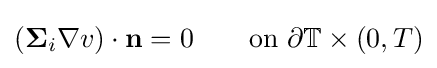
(\mathbf {\Sigma } _{i}\nabla v)\cdot \mathbf {n} =0\quad \quad {\text{on }}\partial \mathbb {T} \times (0,T)